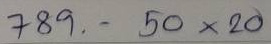
789 - 50 x 20